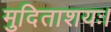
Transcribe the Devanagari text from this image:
मुदिताशयः।